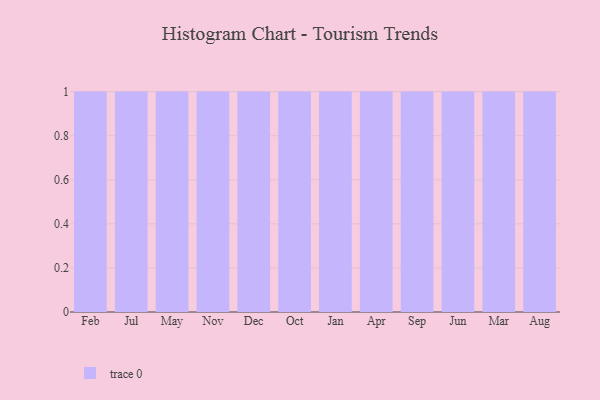
{"axis": {"x": "Month", "y": "Gross Profit (USD K)"}, "legend": [""], "data": [{"x": "Feb", "y": 23, "type": ""}, {"x": "Jul", "y": 60, "type": ""}, {"x": "May", "y": 46, "type": ""}, {"x": "Nov", "y": 41, "type": ""}, {"x": "Dec", "y": 34, "type": ""}, {"x": "Oct", "y": 72, "type": ""}, {"x": "Jan", "y": 34, "type": ""}, {"x": "Apr", "y": 95, "type": ""}, {"x": "Sep", "y": 53, "type": ""}, {"x": "Jun", "y": 88, "type": ""}, {"x": "Mar", "y": 26, "type": ""}, {"x": "Aug", "y": 5, "type": ""}]}